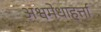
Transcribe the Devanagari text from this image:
अश्वमेधाहर्त्ता